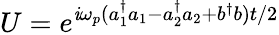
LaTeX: U=e^{\mathit{i}\omega_{p}(a_{1}^{\dagger}a_{1}-a_{2}^{\dagger}a_{2}+b^{\dagger}b)t/2}